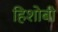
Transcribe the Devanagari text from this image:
हिशोबी